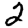
Digit: 2